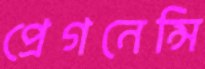
প্রেগনেন্সি